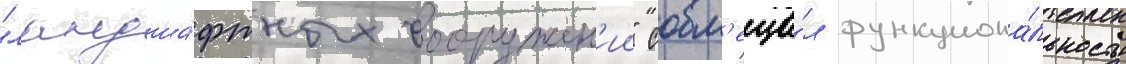
"ландша́фтных сооружен'ии" совм'еща́л функциона́льность